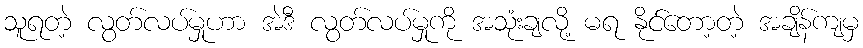
သူရတဲ့ လွတ်လပ်မှုဟာ အဲဒီ လွတ်လပ်မှုကို အသုံးချလို့ မရ နိုင်တော့တဲ့ အချိန်ကျမှ